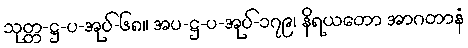
သုတ္တ-ဋ္ဌ-ပ-အုပ်-၆၈။ အပ-ဋ္ဌ-ပ-အုပ်-၁၇၉၊ နိရယတော အာဂတာနံ